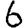
Digit: 6